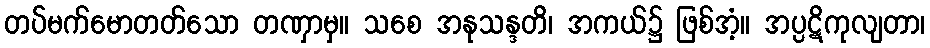
တပ်မက်မောတတ်သော တဏှာမှ။ သစေ အနုသန္ဒတိ၊ အကယ်၌ ဖြစ်အံ့။ အပ္ပဋိကုလျတာ၊